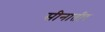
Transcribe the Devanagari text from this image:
सीनातीर